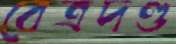
বেত্রদণ্ড